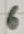
Text: 6